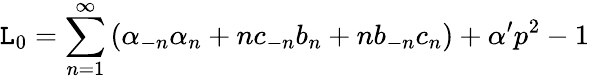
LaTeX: \mathtt{L}_{0}=\sum_{n=1}^{\infty}\left(\alpha_{-n}\alpha_{n}+nc_{-n}b_{n}+nb_{-n}c_{n}\right)+\alpha^{\prime}p^{2}-1